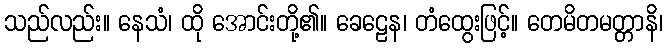
သည်လည်း။ နေသံ၊ ထို အောင်းတို့၏။ ခေဠေန၊ တံထွေးဖြင့်။ တေမိတမတ္တာနိ၊